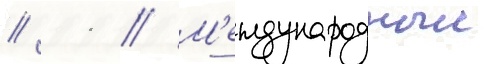
// 11 // М'еждународныи